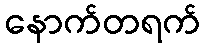
နောက်တရက်